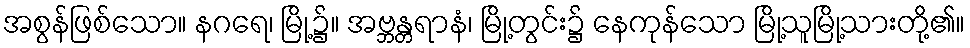
အစွန်ဖြစ်သော။ နဂရေ၊ မြို့၌။ အဗ္ဘန္တရာနံ၊ မြို့တွင်း၌ နေကုန်သော မြို့သူမြို့သားတို့၏။